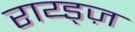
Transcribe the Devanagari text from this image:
राय्ड्ज़